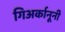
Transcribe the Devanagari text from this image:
गिअर्कानूनी